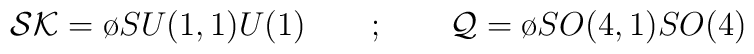
{\cal SK}={\o{SU(1,1)}{U(1)}} \quad \quad ; \quad \quad {\cal Q}= {\o{SO(4,1)}{SO(4)}}